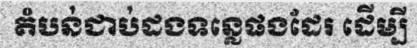
តំបន់ជាប់ដងទន្លេផងដែរ ដើម្បី